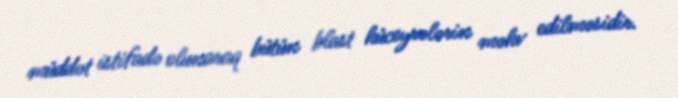
müddət istifadə olunaraq bütün blast hüceyrələrin məhv edilməsidir.